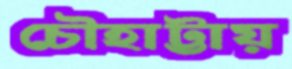
চৌহাট্টায়